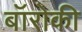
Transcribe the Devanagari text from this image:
बॉरोकी